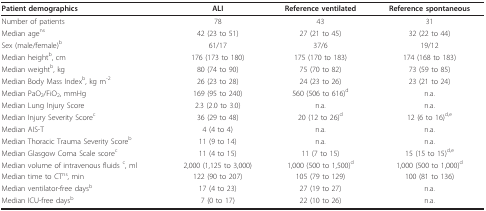
<table><thead><tr><td><b>Patient demographics</b></td><td><b>ALI</b></td><td><b>Reference ventilated</b></td><td><b>Reference spontaneous</b></td></tr></thead><tbody><tr><td>Number of patients</td><td>78</td><td>43</td><td>31</td></tr><tr><td>Median age<sup>ns</sup></td><td>42 (23 to 51)</td><td>27 (21 to 45)</td><td>32 (22 to 44)</td></tr><tr><td>Sex (male/female)<sup>b</sup></td><td>61/17</td><td>37/6</td><td>19/12</td></tr><tr><td>Median height<sup>b</sup>, cm</td><td>176 (173 to 180)</td><td>175 (170 to 183)</td><td>174 (168 to 183)</td></tr><tr><td>Median weight<sup>b</sup>, kg</td><td>80 (74 to 90)</td><td>75 (70 to 82)</td><td>73 (59 to 85)</td></tr><tr><td>Median Body Mass Index<sup>b</sup>, kg m<sup>-2</sup></td><td>26 (23 to 28)</td><td>24 (23 to 26)</td><td>23 (21 to 24)</td></tr><tr><td>Median PaO<sub>2</sub>/FiO<sub>2</sub>, mmHg</td><td>169 (95 to 240)</td><td>560 (506 to 616)<sup>d</sup></td><td>n.a.</td></tr><tr><td>Median Lung Injury Score</td><td>2.3 (2.0 to 3.0)</td><td>n.a.</td><td>n.a.</td></tr><tr><td>Median Injury Severity Score<sup>c</sup></td><td>36 (29 to 48)</td><td>20 (12 to 26)<sup>d</sup></td><td>12 (6 to 16)<sup>d,e</sup></td></tr><tr><td>Median AIS-T</td><td>4 (4 to 4)</td><td>n.a.</td><td>n.a.</td></tr><tr><td>Median Thoracic Trauma Severity Score<sup>b</sup></td><td>11 (9 to 14)</td><td>n.a.</td><td>n.a.</td></tr><tr><td>Median Glasgow Coma Scale score<sup>c</sup></td><td>11 (4 to 15)</td><td>11 (7 to 15)</td><td>15 (15 to 15)<sup>d,e</sup></td></tr><tr><td>Median volume of intravenous fluids <sup>c</sup>, ml</td><td>2,000 (1,125 to 3,000)</td><td>1,000 (500 to 1,500)<sup>d</sup></td><td>1,000 (500 to 1,000)<sup>d</sup></td></tr><tr><td>Median time to CT<sup>ns</sup>, min</td><td>122 (90 to 207)</td><td>105 (79 to 129)</td><td>100 (81 to 136)</td></tr><tr><td>Median ventilator-free days<sup>b</sup></td><td>17 (4 to 23)</td><td>27 (19 to 27)</td><td>n.a.</td></tr><tr><td>Median ICU-free days<sup>b</sup></td><td>7 (0 to 17)</td><td>22 (10 to 26)</td><td>n.a.</td></tr></tbody></table>